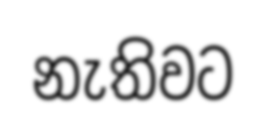
නැතිවට